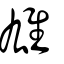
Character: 雄